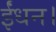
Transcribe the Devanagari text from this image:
ईंधन।